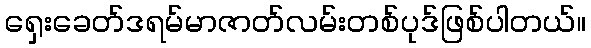
ရှေးခေတ်ဒရမ်မာဇာတ်လမ်းတစ်ပုဒ်ဖြစ်ပါတယ်။